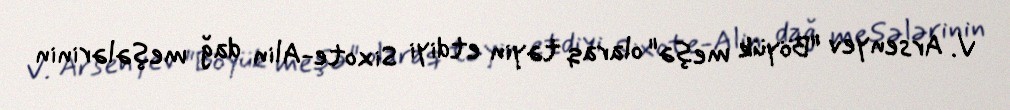
V. Arsenyev "Böyük meşə" olaraq təyin etdiyi Sixote-Alin dağ meşələrinin